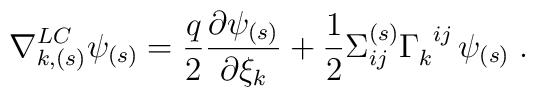
\nabla_{k,(s)}^{LC}\psi_{(s)}={q\over 2}{\partial\psi_{(s)}\over\partial \xi_k}+{1\over 2}\Sigma_{ij}^{(s)}\Gamma_k^{\;\;ij}\,\psi_{(s)}\;.